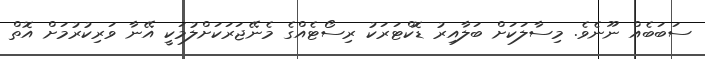
ސަބަބެއް ނޫނެވެ. މިސާލަކަށް ބަލާއިރު ޑޮކްޓަރަކު ރިސޯޓެއްގެ މެނޭޖަރަކަށްލުމަކީ އޭނާ ވަރިކުރުމަށް އޮތް